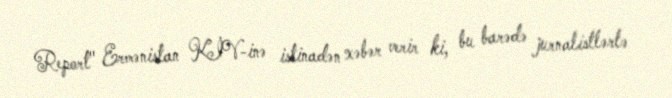
Report" Ermənistan KİV-inə istinadən xəbər verir ki, bu barədə jurnalistlərlə